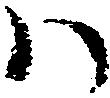
ハ